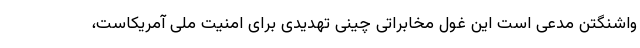
واشنگتن مدعی است این غول مخابراتی چینی تهدیدی برای امنیت ملی آمریکاست،